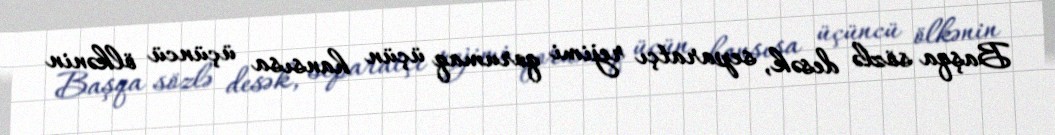
Başqa sözlə desək, separatçı rejimi qorumaq üçün hansısa üçüncü ölkənin